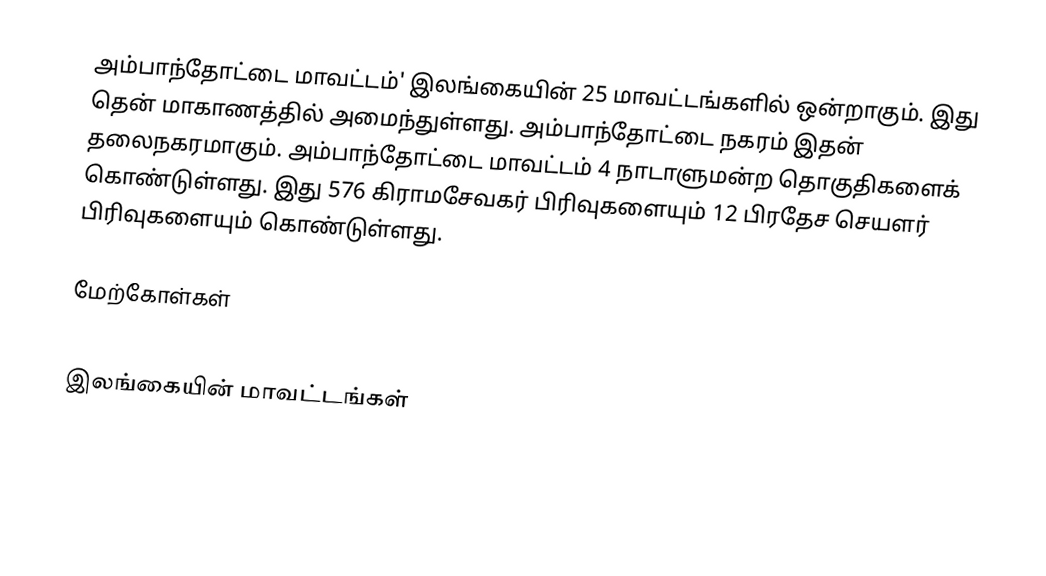
அம்பாந்தோட்டை மாவட்டம்' இலங்கையின் 25 மாவட்டங்களில் ஒன்றாகும். இது தென் மாகாணத்தில் அமைந்துள்ளது. அம்பாந்தோட்டை நகரம் இதன் தலைநகரமாகும். அம்பாந்தோட்டை மாவட்டம் 4 நாடாளுமன்ற தொகுதிகளைக் கொண்டுள்ளது. இது  576 கிராமசேவகர் பிரிவுகளையும் 12 பிரதேச செயளர் பிரிவுகளையும் கொண்டுள்ளது.

மேற்கோள்கள்

இலங்கையின் மாவட்டங்கள்